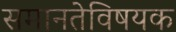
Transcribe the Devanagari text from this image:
समानतेविषयक